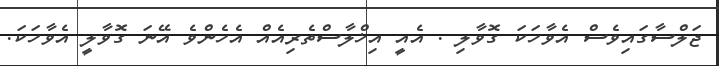
ޖަލްސާގައިވެސް އެވާހަކަ ގޮވާލި . އެއީ އިޚްލާސްތެރިއެއް އެހެންވެ އޭނަ ގޮވާލީ އެވާހަކަ.